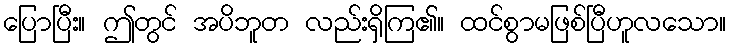
ပြောပြီး။ ဤတွင် အပိဘူတ လည်းရှိကြ၏။ ထင်စွာမဖြစ်ပြီဟူလသော။